Causation and prevention of malarial fevers: a statement of the results of researches drawn up for the use of assistant surgeons, hospital assistants and students
Disease focus: Malaria
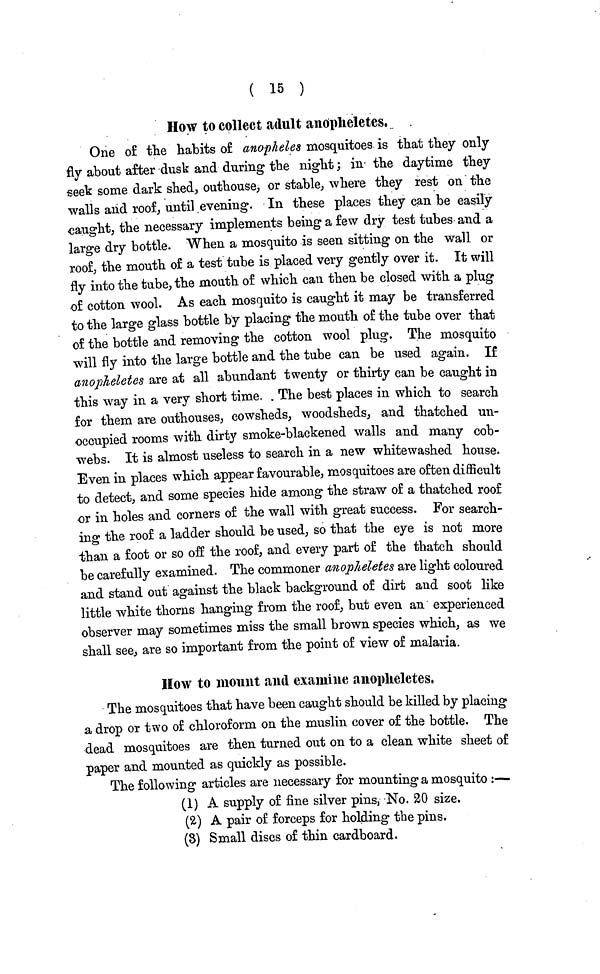
( 15 )
How to collect adult anopheletes.
One of the habits of anopheles mosquitoes is that they only
fly about after dusk and during the night; in the daytime they
seek some dark shed, outhouse, or stable, where they rest on the
walls and roof, until evening. In these places they can be easily
caught, the necessary implements being a few dry test tubes and a
large dry bottle. When a mosquito is seen sitting on the wall or
roof, the mouth of a test tube is placed very gently over it. It will
fly into the tube, the mouth of which can then be closed with a plug
of cotton wool. As each mosquito is caught it may be transferred
to the large glass bottle by placing the mouth of the tube over that
of the bottle and removing the cotton wool plug. The mosquito
will fly into the large bottle and the tube can be used again. If
anopheletes are at all abundant twenty or thirty can be caught in
this way in a very short time. . The best places in which to search
for them are outhouses, cowsheds, woodsheds, and thatched un-
occupied rooms with dirty smoke-blackened walls and many cob-
webs. It is almost useless to search in a new whitewashed house.
Even in places which appear favourable, mosquitoes are often difficult
to detect, and some species hide among the straw of a thatched roof
or in holes and corners of the wall with great success. For search-
ing the roof a ladder should be used, so that the eye is not more
than a foot or so off the roof, and every part of the thatch should
be carefully examined. The commoner anopheletes are light coloured
and stand out against the black background of dirt and soot like
little white thorns hanging from the roof, but even an experienced
observer may sometimes miss the small brown species which, as we
shall see, are so important from the point of view of malaria.
How to mount and examine anopheletes.
The mosquitoes that have been caught should be killed by placing
a drop or two of chloroform on the muslin cover of the bottle. The
dead mosquitoes are then turned out on to a clean white sheet of
paper and mounted as quickly as possible.
The following articles are necessary for mounting a mosquito :
(1) A supply of fine silver pins, No. 20 size,
(2) A pair of forceps for holding the pins.
(8) Small discs of thin cardboard.